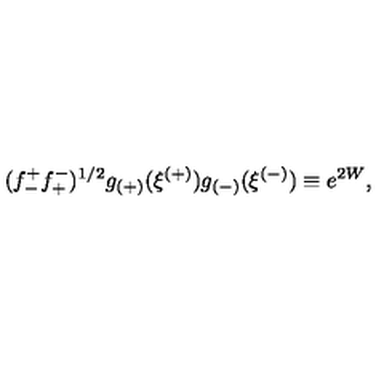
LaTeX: ( f _ { - } ^ { + } f _ { + } ^ { - } ) ^ { 1 / 2 } g _ { ( + ) } ( \xi ^ { ( + ) } ) g _ { ( - ) } ( \xi ^ { ( - ) } ) \equiv e ^ { 2 W } ,